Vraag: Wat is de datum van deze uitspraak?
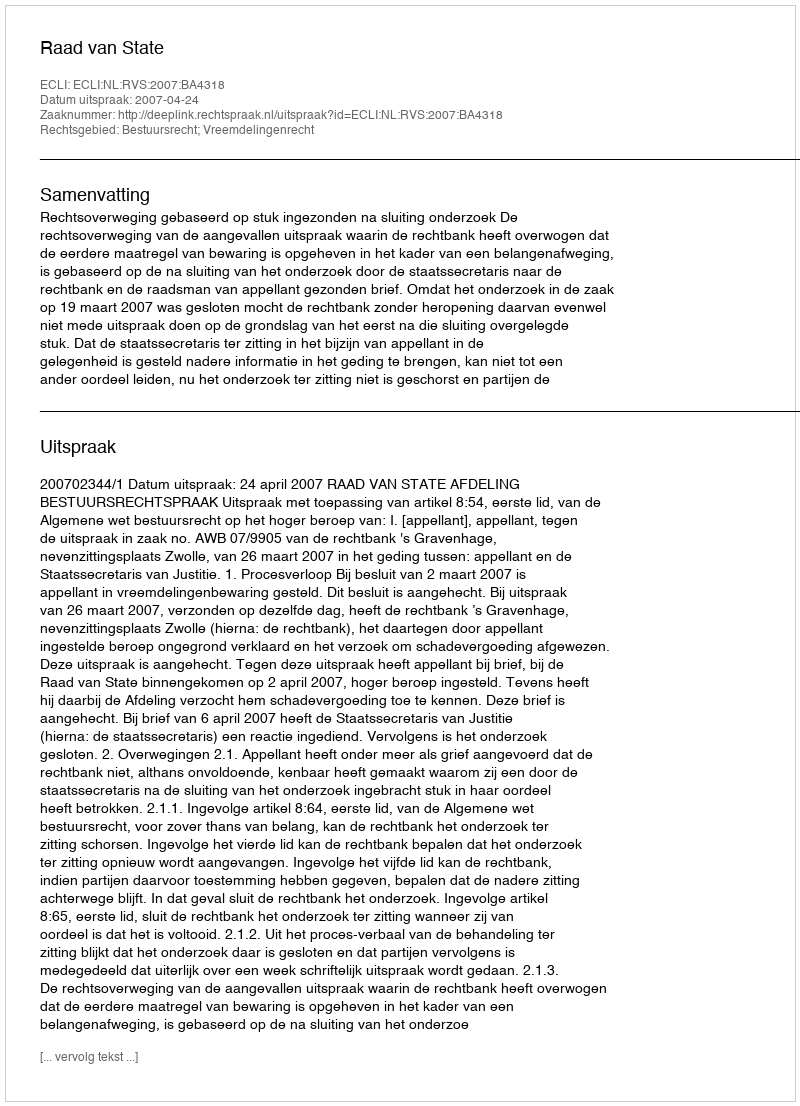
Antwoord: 2007-04-24